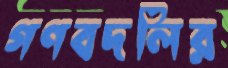
গণবদলির